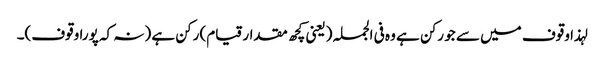
لہذا وقوف میں سے جو رکن ہے وہ فی الجملہ (یعنی کچھ مقدار قیام) رکن ہے (نہ کہ پورا وقوف)۔